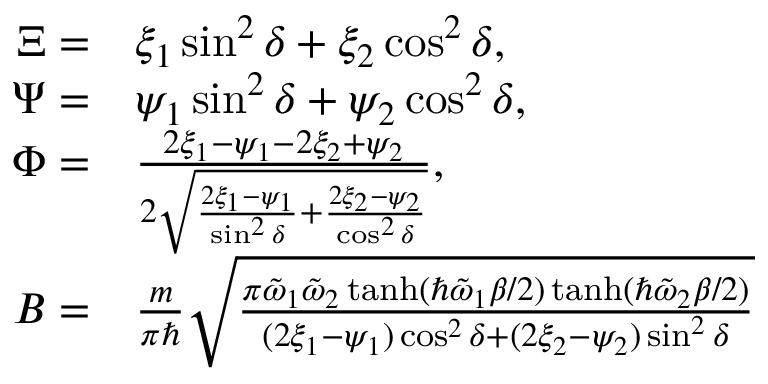
\begin{array} { r l } { \Xi = } & { \xi _ { 1 } \sin ^ { 2 } \delta + \xi _ { 2 } \cos ^ { 2 } \delta , } \\ { \Psi = } & { \psi _ { 1 } \sin ^ { 2 } \delta + \psi _ { 2 } \cos ^ { 2 } \delta , } \\ { \Phi = } & { \frac { 2 \xi _ { 1 } - \psi _ { 1 } - 2 \xi _ { 2 } + \psi _ { 2 } } { 2 \sqrt { \frac { 2 \xi _ { 1 } - \psi _ { 1 } } { \sin ^ { 2 } \delta } + \frac { 2 \xi _ { 2 } - \psi _ { 2 } } { \cos ^ { 2 } \delta } } } , } \\ { B = } & { \frac { m } { \pi \hbar } \sqrt { \frac { \pi \tilde { \omega } _ { 1 } \tilde { \omega } _ { 2 } \operatorname { t a n h } ( \hbar \tilde { \omega } _ { 1 } \beta / 2 ) \operatorname { t a n h } ( \hbar \tilde { \omega } _ { 2 } \beta / 2 ) } { ( 2 \xi _ { 1 } - \psi _ { 1 } ) \cos ^ { 2 } \delta + ( 2 \xi _ { 2 } - \psi _ { 2 } ) \sin ^ { 2 } \delta } } } \end{array}